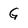
Character: G